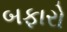
બફારો